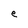
Character: e